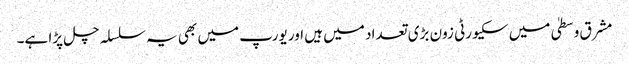
مشرق وسطیٰ میں سکیورٹی زون بڑی تعداد میں ہیں اور یورپ میں بھی یہ سلسلہ چل پڑا ہے۔